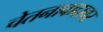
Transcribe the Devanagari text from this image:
चेतनावादावर